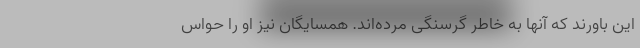
این باورند که آنها به خاطر گرسنگی مرده‌اند. همسایگان نیز او را حواس